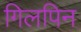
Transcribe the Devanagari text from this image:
गिलपिन